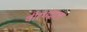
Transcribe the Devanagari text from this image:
वीरभद्राला